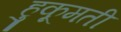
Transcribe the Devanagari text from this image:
हुकूमती